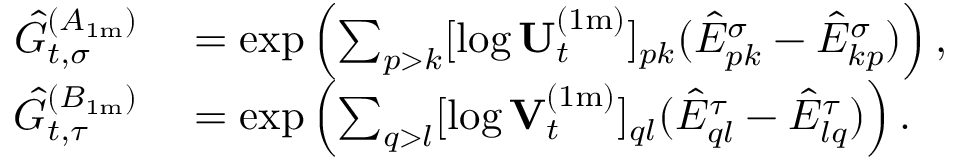
\begin{array} { r l } { \hat { G } _ { t , \sigma } ^ { ( A _ { 1 \mathrm { m } } ) } } & { { } = \exp \left( \sum _ { p > k } [ \log \mathbf { U } _ { t } ^ { ( 1 \mathrm { m } ) } ] _ { p k } ( \hat { E } _ { p k } ^ { \sigma } - \hat { E } _ { k p } ^ { \sigma } ) \right) , } \\ { \hat { G } _ { t , \tau } ^ { ( B _ { 1 \mathrm { m } } ) } } & { { } = \exp \left( \sum _ { q > l } [ \log \mathbf { V } _ { t } ^ { ( 1 \mathrm { m } ) } ] _ { q l } ( \hat { E } _ { q l } ^ { \tau } - \hat { E } _ { l q } ^ { \tau } ) \right) . } \end{array}